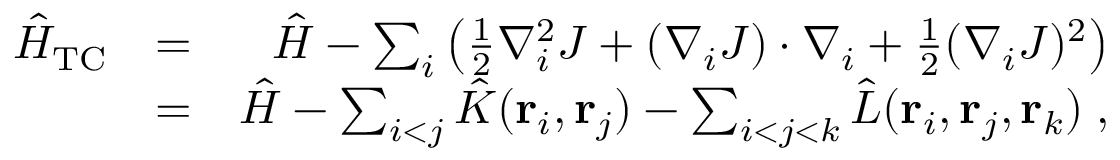
\begin{array} { r l r } { \hat { H } _ { \mathrm { T C } } } & { = } & { \hat { H } - \sum _ { i } \left( \frac { 1 } { 2 } \nabla _ { i } ^ { 2 } J + ( \nabla _ { i } J ) \cdot \nabla _ { i } + \frac { 1 } { 2 } ( \nabla _ { i } J ) ^ { 2 } \right) } \\ & { = } & { \hat { H } - \sum _ { i < j } \hat { K } ( { \bf r } _ { i } , { \bf r } _ { j } ) - \sum _ { i < j < k } \hat { L } ( { \bf r } _ { i } , { \bf r } _ { j } , { \bf r } _ { k } ) \; , } \end{array}